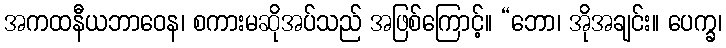
အကထနီယဘာဝေန၊ စကားမဆိုအပ်သည် အဖြစ်ကြောင့်။ “ဘော၊ အိုအချင်း။ ပေက္ခ၊